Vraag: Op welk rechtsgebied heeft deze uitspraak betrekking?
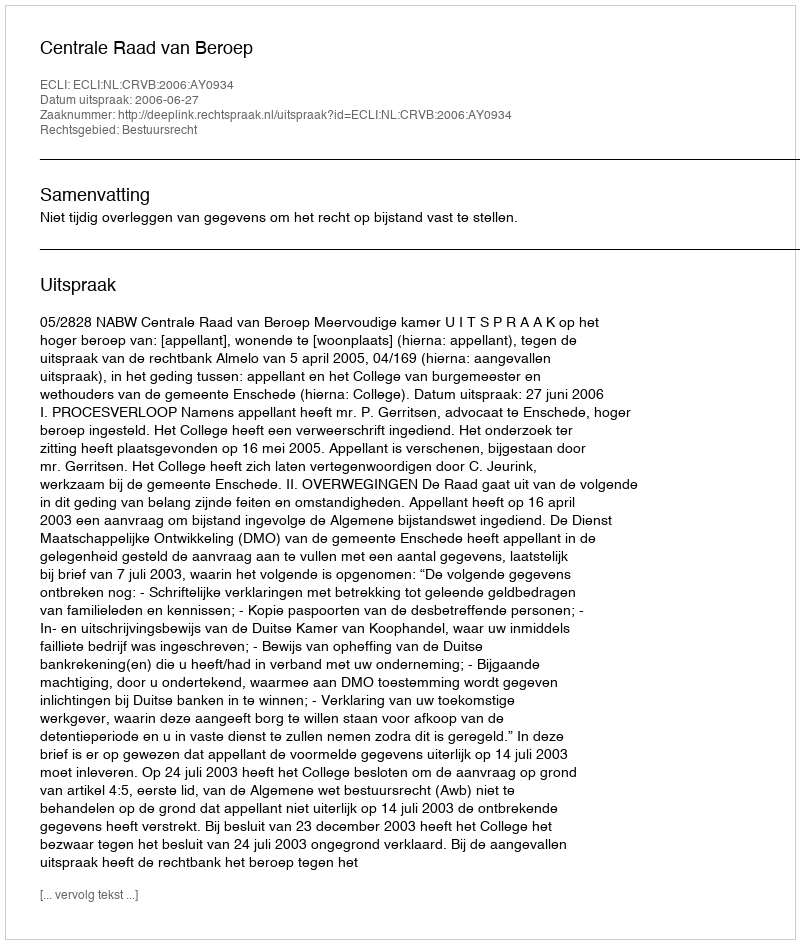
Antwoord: Bestuursrecht